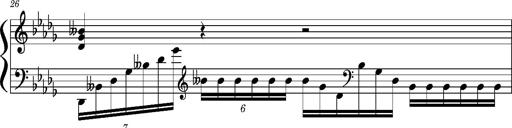
Title: Concerto sans orchestre, S.524a
Composer: Franz Liszt
Key: A major